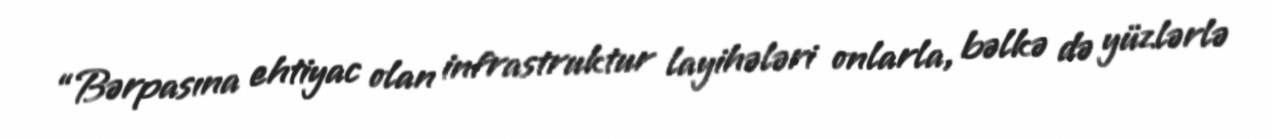
“Bərpasına ehtiyac olan infrastruktur layihələri onlarla, bəlkə də yüzlərlə